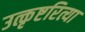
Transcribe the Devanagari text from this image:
उत्कृष्टरित्या